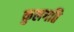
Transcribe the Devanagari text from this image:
कुलगति